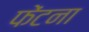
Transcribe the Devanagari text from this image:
फेंटना